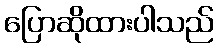
ပြောဆိုထားပါသည်